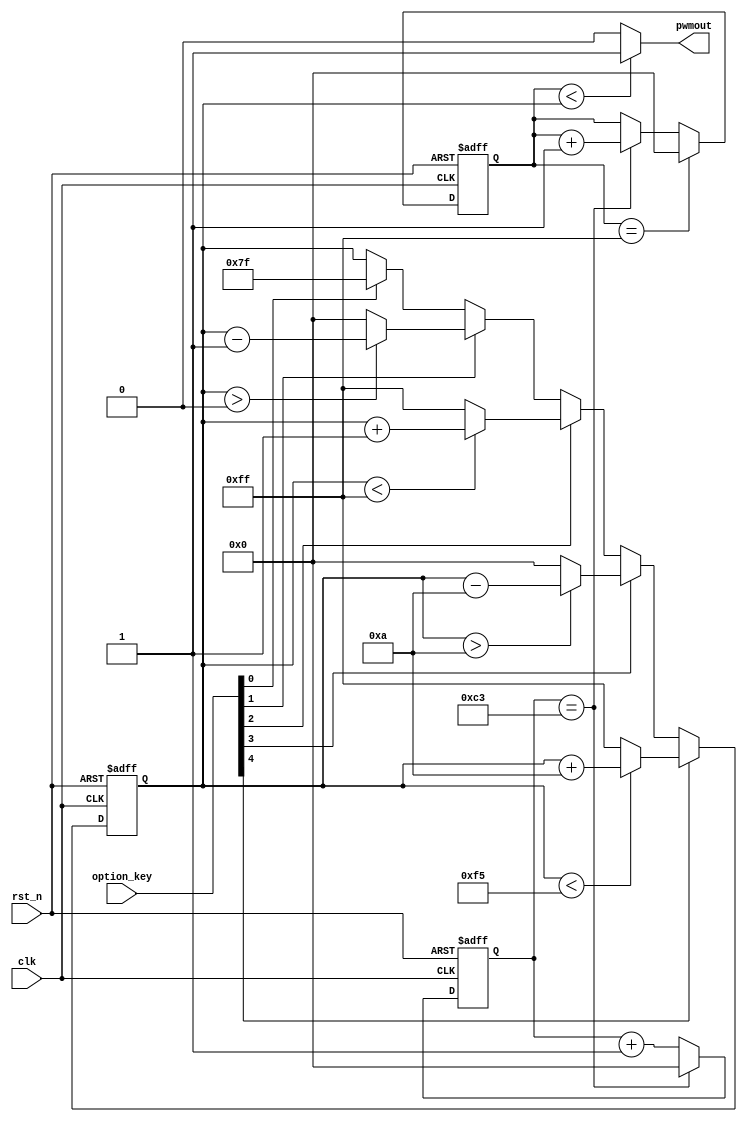
module PWM(
    clk,
    rst_n,
    option_key,
    pwmout
);

    parameter   SEGMENT = 8'd195;//3.9us

    input   clk;//50MHz
    input   rst_n;
    input   [4:0]option_key;

    output  pwmout;

    reg [7:0]C1;

    always@(posedge clk or negedge rst_n)
    if(!rst_n)
        C1 <= 0;
    else if(C1 == SEGMENT)
        C1 <= 0;
    else C1 <= C1 + 1'b1;

    reg [7:0]System_Seg;

    always@(posedge clk or negedge rst_n)
    if(!rst_n)
        System_Seg <= 0;
    else if (System_Seg == 8'd255)
        System_Seg <= 0;
    else if(C1== SEGMENT) System_Seg <= System_Seg + 1'b1;

    reg [7:0] Option_Seg;

    always@(posedge clk or negedge rst_n)
    if(!rst_n)begin
        Option_Seg <= 0;

    end
    else if (option_key[4]) begin//+10
        if(Option_Seg < 8'd245) Option_Seg <= Option_Seg + 8'd10;
        else Option_Seg <= 8'd255;
    end 
    else if(option_key[3])begin//-10
        if(Option_Seg > 8'd10) Option_Seg <= Option_Seg - 8'd10;
        else    Option_Seg <= 8'd0;
    end
    else if(option_key[2])begin//+1
        if(Option_Seg <8'd255) Option_Seg <= Option_Seg+8'd1;
        else Option_Seg <= 8'd255;
    end
    else if(option_key[1])begin//-1
        if(Option_Seg > 8'd0) Option_Seg <= Option_Seg - 8'd1;
        else Option_Seg <= 8'd0;
    end
    else if(option_key[0])begin//half
        Option_Seg <= 8'd127;
    end


    assign pwmout = (System_Seg < Option_Seg)?1'b1:1'b0;
    endmodule